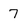
Character: 7